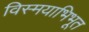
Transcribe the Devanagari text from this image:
विस्मयाभिभूत